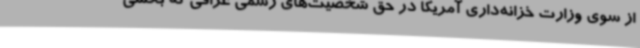
از سوی وزارت خزانه‌داری آمریکا در حق شخصیت‌های رسمی عراقی که بخشی